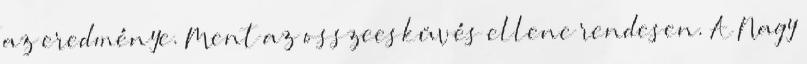
az eredménye. Ment az osszeesküvés ellene rendesen. A Nagy